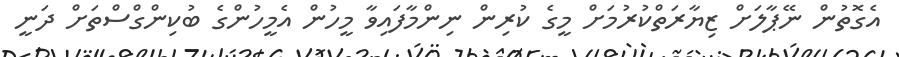
އެގޮތުން ނޭޕާލަށް ޒިޔާރަތްކުރުމަށް މީގެ ކުރިން ނިންމާފައިވާ މީހުން އެމީހުންގެ ބުކިންގްސްތަށް ދަނީ